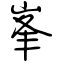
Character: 峯